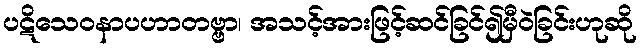
ပဋိသေဝနာပဟာတဗ္ဗာ၊ အသင့်အားဖြင့်ဆင်ခြင်၍မှီဝဲခြင်းဟုဆို